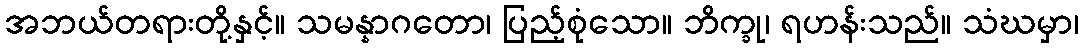
အဘယ်တရားတို့နှင့်။ သမန္နာဂတော၊ ပြည့်စုံသော။ ဘိက္ခု၊ ရဟန်းသည်။ သံဃမှာ၊